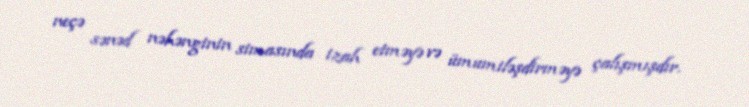
neçə sənəd nəhənginin simasında izah etməyə və ümumiləşdirməyə çalışmışdır.